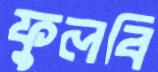
ফুলবি